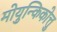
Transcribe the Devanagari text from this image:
मोयुन्किकोत्तु